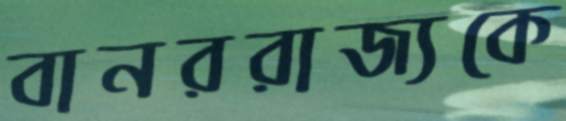
বানররাজ্যকে